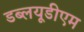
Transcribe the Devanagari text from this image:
डब्लयूडीएम